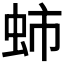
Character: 𧉽